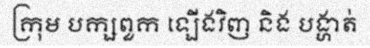
ក្រុម បក្សពួក ឡើងវិញ និង បង្ហាត់